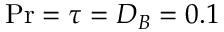
\ensuremath { \mathrm { P r } } = \tau = D _ { B } = 0 . 1